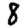
Digit: 8